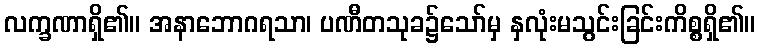
လက္ခဏာရှိ၏။ အနာဘောဂရသာ၊ ပဏီတသုခ၌သော်မှ နှလုံးမသွင်းခြင်းကိစ္စရှိ၏။